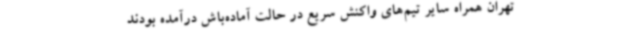
تهران همراه سایر تیم‌های واکنش سریع در حالت آماده‌باش درآمده بودند